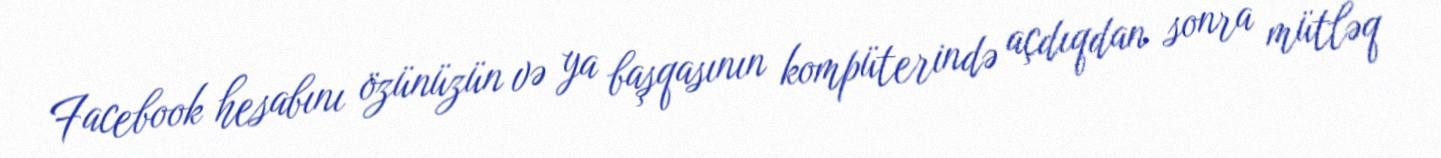
Facebook hesabını özünüzün və ya başqasının kompüterində açdıqdan sonra mütləq